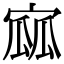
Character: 寙